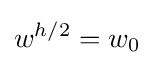
w^{h/2}=w_{0}